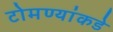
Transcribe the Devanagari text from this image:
टोमण्यांकडे